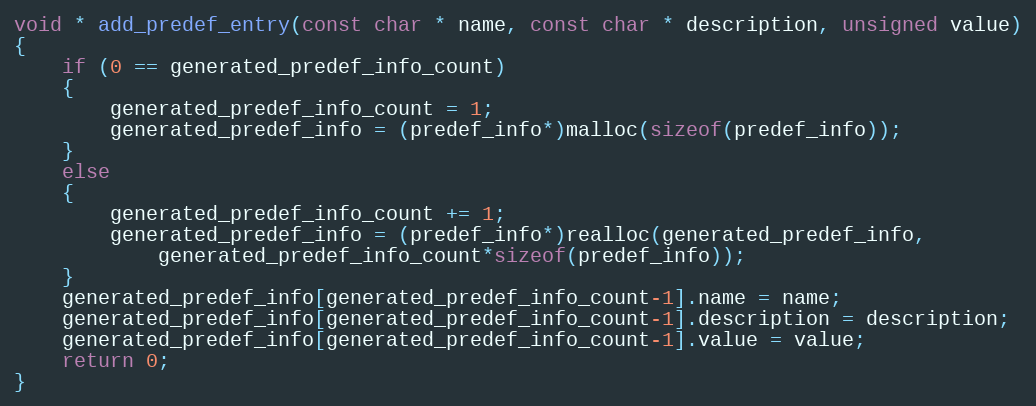
Language: C
void * add_predef_entry(const char * name, const char * description, unsigned value)
{
    if (0 == generated_predef_info_count)
    {
        generated_predef_info_count = 1;
        generated_predef_info = (predef_info*)malloc(sizeof(predef_info));
    }
    else
    {
        generated_predef_info_count += 1;
        generated_predef_info = (predef_info*)realloc(generated_predef_info,
            generated_predef_info_count*sizeof(predef_info));
    }
    generated_predef_info[generated_predef_info_count-1].name = name;
    generated_predef_info[generated_predef_info_count-1].description = description;
    generated_predef_info[generated_predef_info_count-1].value = value;
    return 0;
}